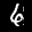
Label: 6